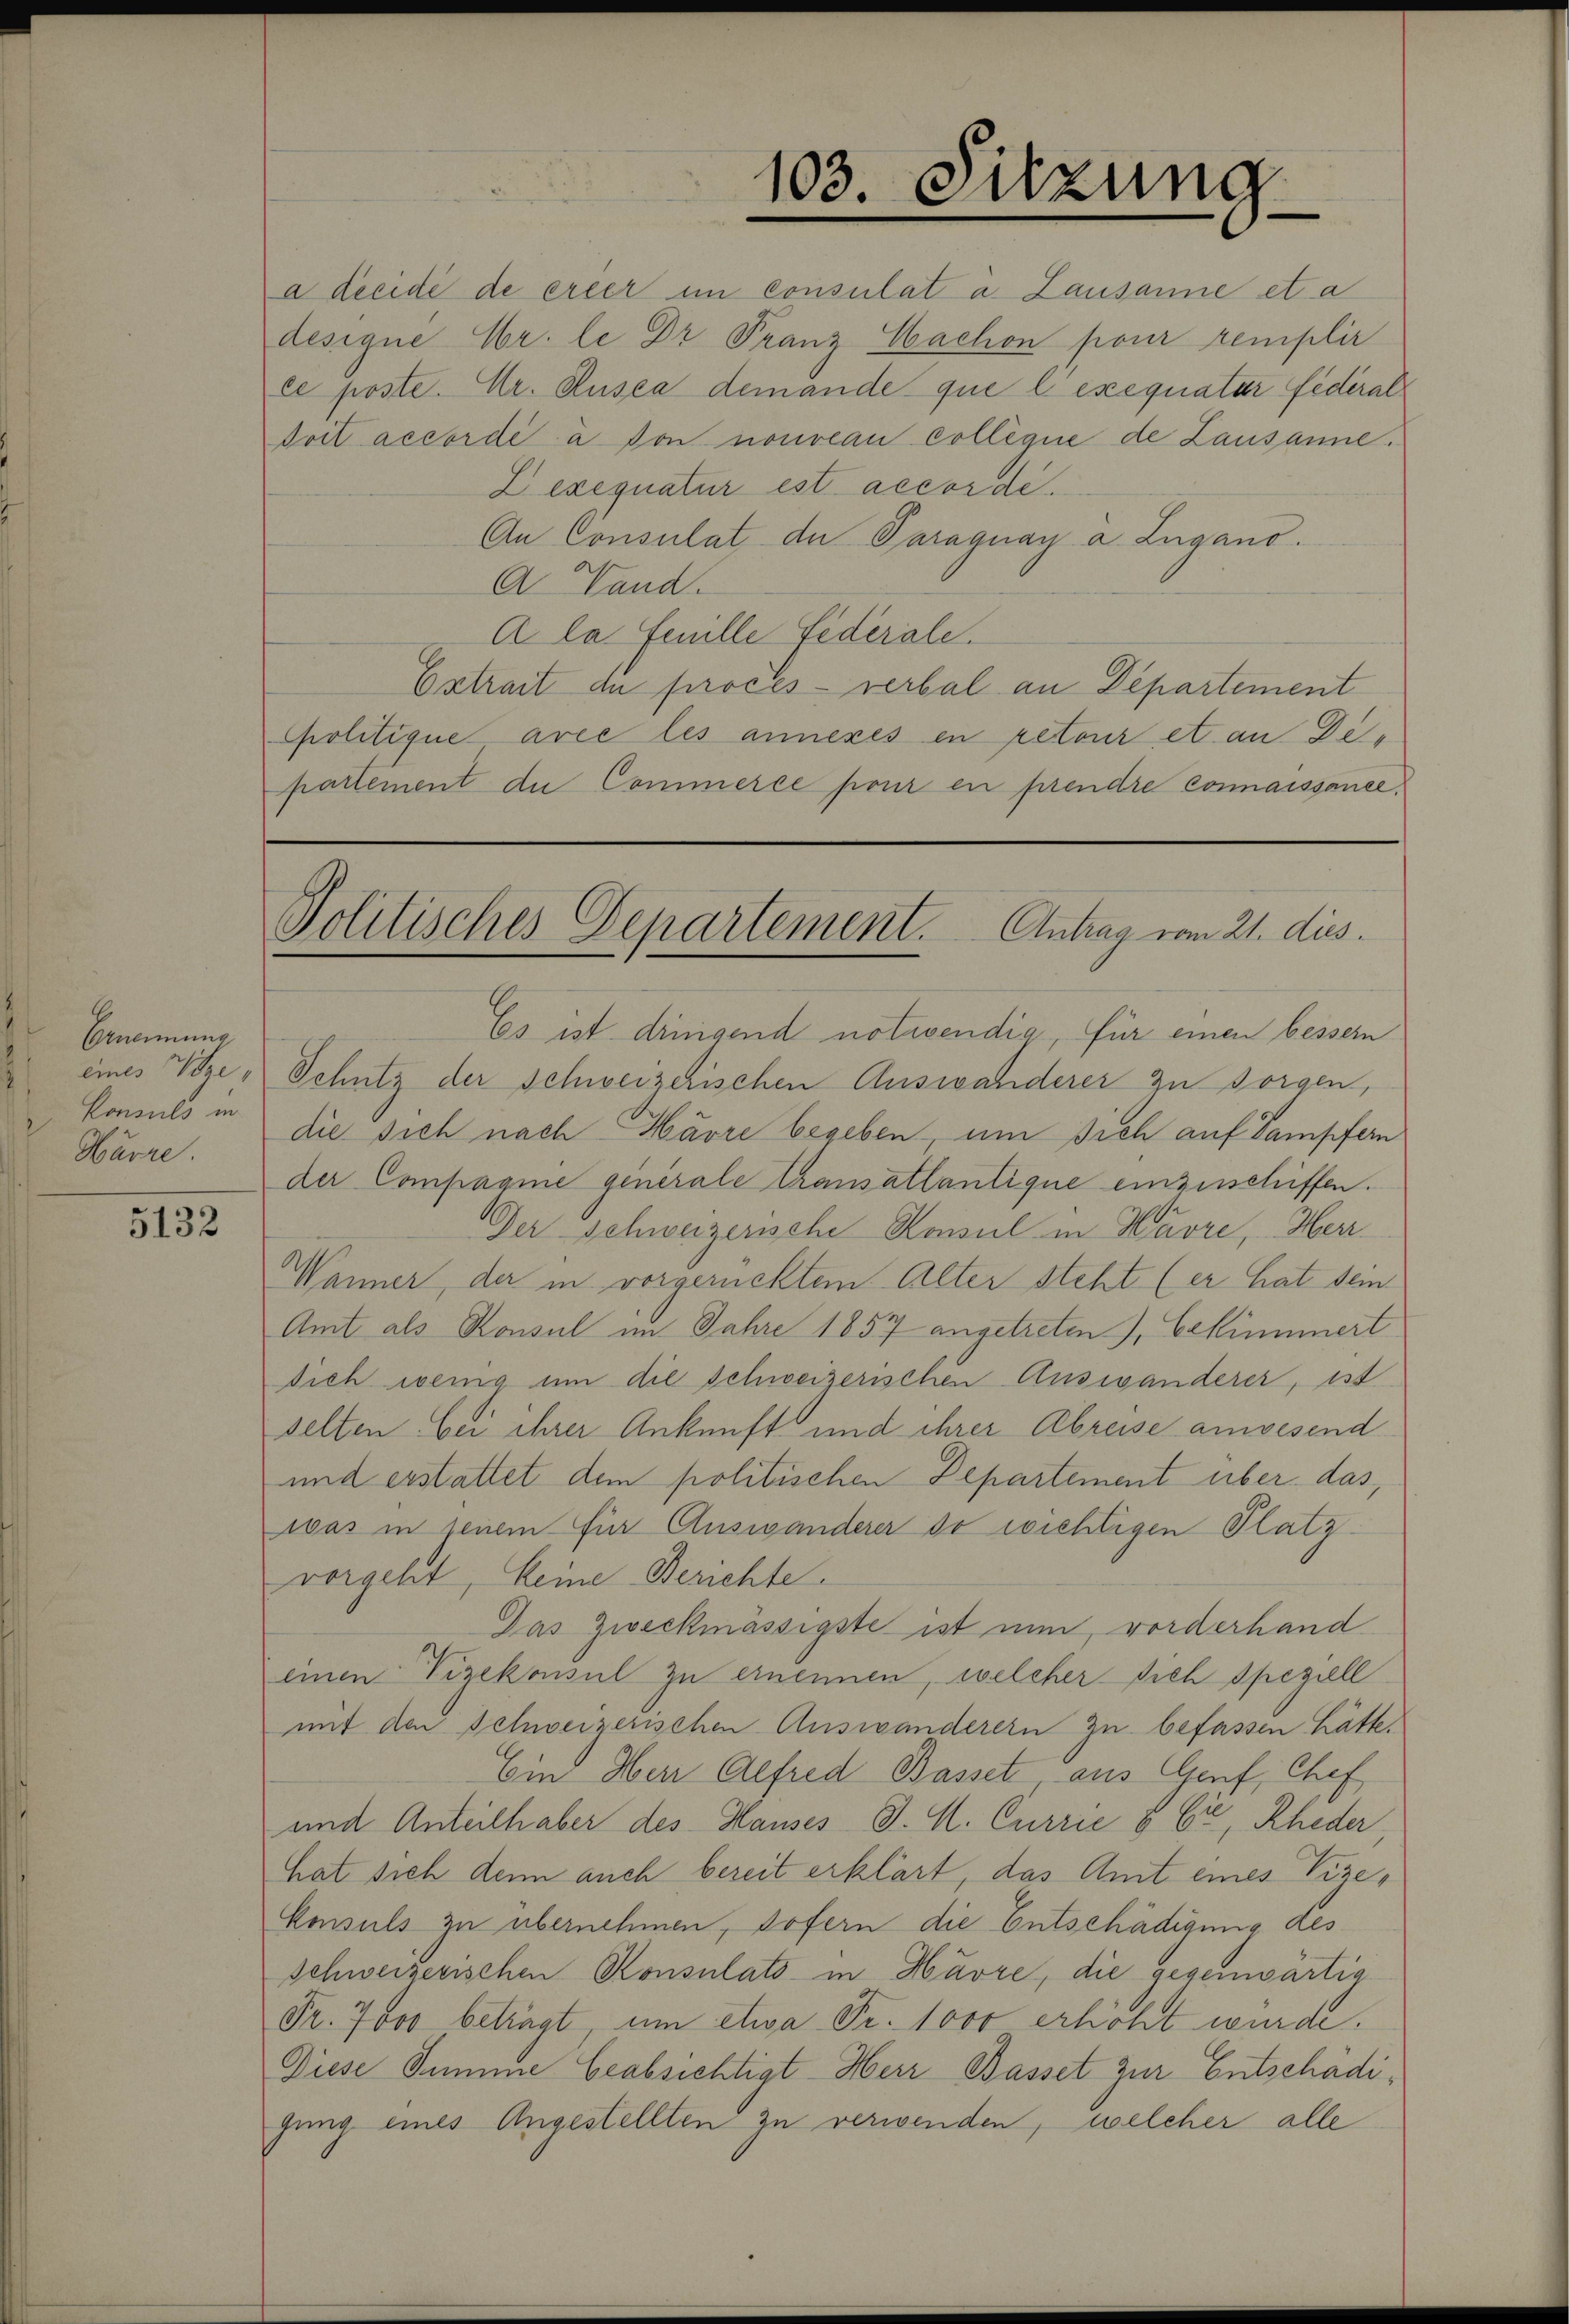
Ernennung
eines Vize,
Konsuls in
Warre.

5132

a décidé de erler im Consulat a. Lausanne et a
designe Hr. le Dr Franz Cachon pour remplir
ce poste. Hr. Rusca demande que l’exequatar fédéral
doit accordé a von nouveau collegiie de Lausanne.
Lexequatur est accordi
An Consulat der Paraguay a. Zugano.
A Vand.
A la feuille Federale.
Extrait de procès-verbal an Departement
Ppolitique avec les annexés en retour et an Departement die Commerce pour en prendre connaissance,

103. Sitzung

Politisches Departement. Antrag vom 21. dies

Es ist dringend notwendig, für einen bessern
Schutz der schweizerischen Auswanderer zu sorgen,
die sich nach Härre begeben, um sich auf Vampfern
der Compagnie generale Transatlantique einzuschiffen.
Der Schweizerische Konsul in Havre, Herr
Wänner, der in vorgerücktem Alter steht (er hat sein.
Amt als Konsul im Jahre 1857 angetreten), bekümmert
dich wenig um die Schweizerischen Auswanderer, ist
selten bei ihrer Ankunft und ihrer Abreise anwesend
und erstattet dem politischen Departement über das,
was in seinem für Auswanderer so wichtigen Platzvorgeht, keine Berichte.
Das Zweckmässigste ist nun, vorderhand
einen Vizekonsul zu ernennen, welcher sich speziell
mit den Schweizerischen Auswanderern zu befassen hätte.
Ein Herr Alfred Basset aus Genf, Chef
und Anteilhaber des Hauses J. H. Currie & Cie, Rheder,
hat sich denn auch bereit erklärt, das Amt eines Vize¬
Emsuls zu übernehmen, sofern die Entschädigung des
Schweizerischen Konsulats in Havre, die gegenwärtig
Fr. 7000 beträgt, um etwa Fr. 1000 erhöht wurde.
Diese Summe beabsichtigt - Herr Basset zur Entschadigung eines Angestellten zu verwenden, welcher alle